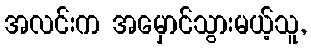
အလင်းက အမှောင်သွားမယ့်သူ,